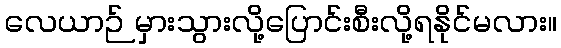
လေယာဉ် မှားသွားလို့ပြောင်းစီးလို့ရနိုင်မလား။